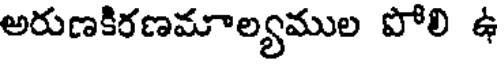
అరుణకిరణమాల్యముల పోలి ఉ